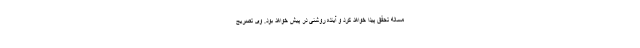
مساله تحقق پیدا خواهد کرد و آینده روشنی در پیش خواهد بود. وی تصریح